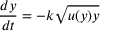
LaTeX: { \frac { d y } { d t } } = - k { \sqrt { u ( y ) y } }